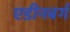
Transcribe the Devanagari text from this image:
एडीनबर्ग